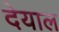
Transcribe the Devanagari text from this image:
देयाल